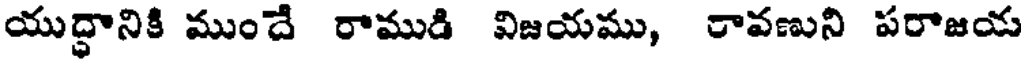
యుద్ధానికి ముందే రాముడి విజయము, రావణుని పరాజయ